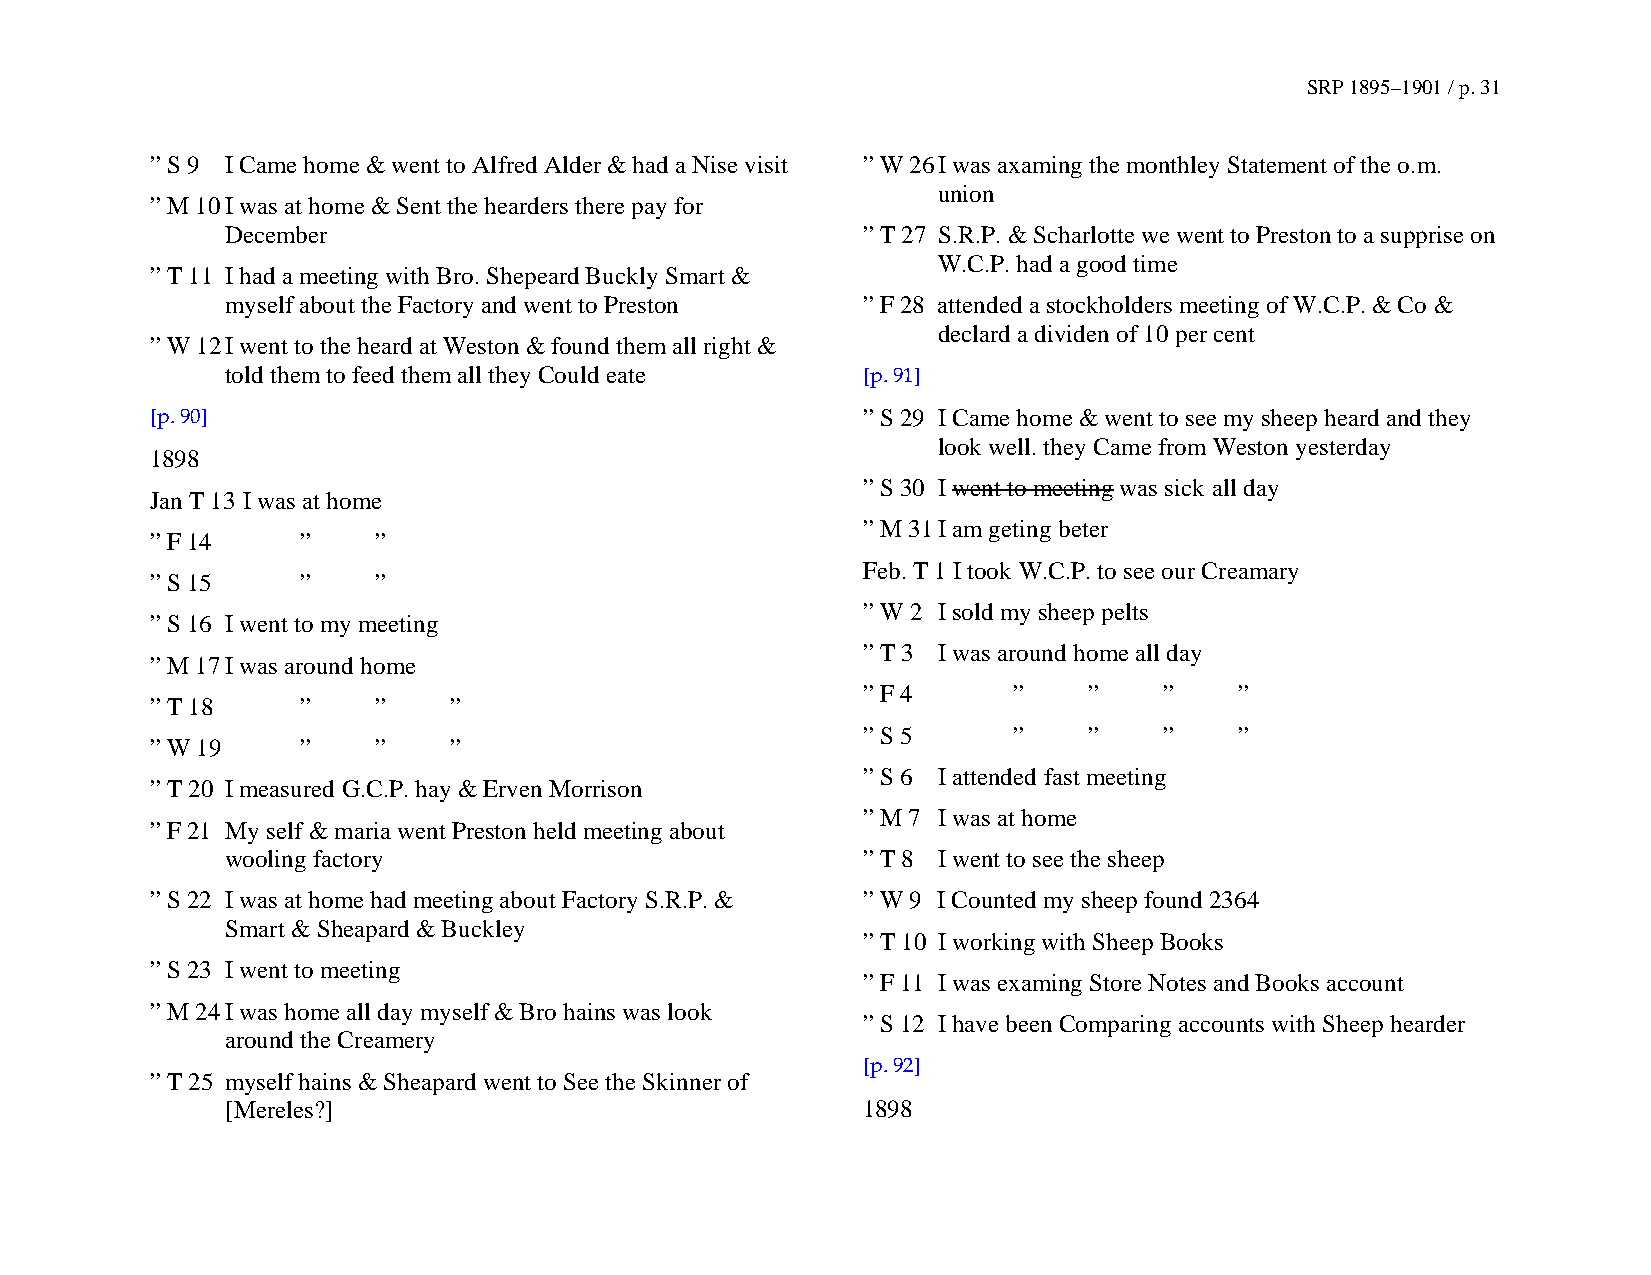
SRP 1895–1901 / p. 31
 ” S 9 I Came home & went to Alfred Alder & had a Nise visit ” W 26 I was axaming the monthley Statement of the o.m.
 union
 ” M 10 I was at home & Sent the hearders there pay for
 December                                  ” T 27 S.R.P. & Scharlotte we went to Preston to a supprise on
 W.C.P. had a good time
 ” T 11 I had a meeting with Bro. Shepeard Buckly Smart &
 myself about the Factory and went to Preston ” F 28 attended a stockholders meeting of W.C.P. & Co &
 declard a dividen of 10 per cent
 ” W 12 I went to the heard at Weston & found them all right &
 told them to feed them all they Could eate [p. 91]
 [p. 90]                                        ” S 29 I Came home & went to see my sheep heard and they
 look well. they Came from Weston yesterday
 1898
 ” S 30 I went to meeting was sick all day
 Jan T 13 I was at home
 ” M 31 I am geting beter
 ” F 14    ”    ”
 Feb. T 1 I took W.C.P. to see our Creamary
 ” S 15    ”    ”
 ” W 2 I sold my sheep pelts
 ” S 16 I went to my meeting
 ” T 3 I was around home all day
 ” M 17 I was around home
 ” F 4     ”    ”    ”    ”
 ” T 18    ”    ”    ”
 ” S 5     ”    ”    ”    ”
 ” W 19    ”    ”    ”
 ” S 6 I attended fast meeting
 ” T 20 I measured G.C.P. hay & Erven Morrison
 ” M 7 I was at home
 ” F 21 My self & maria went Preston held meeting about
 wooling factory                           ” T 8 I went to see the sheep
 ” S 22 I was at home had meeting about Factory S.R.P. & ” W 9 I Counted my sheep found 2364
 Smart & Sheapard & Buckley
 ” T 10 I working with Sheep Books
 ” S 23 I went to meeting
 ” F 11 I was examing Store Notes and Books account
 ” M 24 I was home all day myself & Bro hains was look
 ” S 12 I have been Comparing accounts with Sheep hearder
 around the Creamery
 [p. 92]
 ” T 25 myself hains & Sheapard went to See the Skinner of
 [Mereles?]                                1898